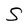
Character: S